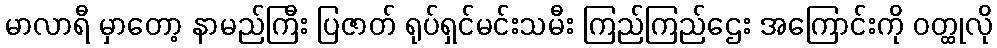
မာလာရီ မှာတော့ နာမည်ကြီး ပြဇာတ် ရုပ်ရှင်မင်းသမီး ကြည်ကြည်ဌေး အကြောင်းကို ဝတ္ထုလို